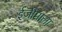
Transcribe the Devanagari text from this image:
ईजीमाला